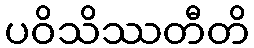
ပဝိသိဿတီတိ